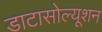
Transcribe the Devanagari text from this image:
डाटासोल्यूशन